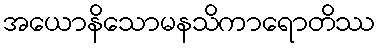
အယောနိသောမနသိကာရောတိဿ